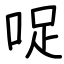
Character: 哫